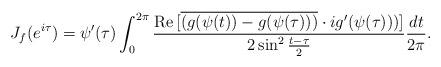
LaTeX: \begin{align*}J_f(e^{i\tau})&= \psi'(\tau)\int_0^{2\pi}\frac{\mathrm{Re}\,[\overline{(g(\psi(t))-g(\psi(\tau)))}\cdot ig'(\psi(\tau)))]}{2\sin^2\frac{t-\tau}{2}}\frac{dt}{2\pi}.\end{align*}